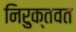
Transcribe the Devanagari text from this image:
निरुक्तवत